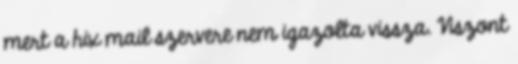
mert a hix mail szervere nem igazolta vissza. Viszont